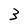
Character: 3